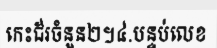
កេះជ័រចំនួន២។៤.បន្ទប់លេខ